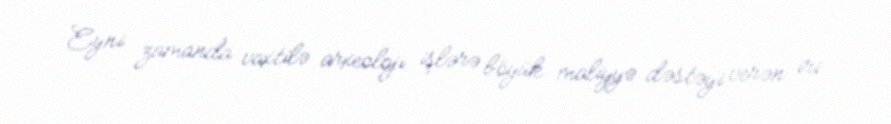
Eyni zamanda vaxtilə arxeoloji işlərə böyük maliyyə dəstəyi verən iri